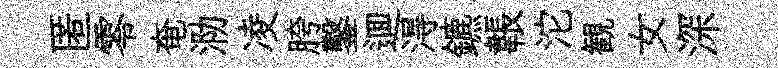
匿零奄泐凌胯鑿逥淂鑣韔沱観女深